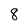
Character: 8